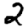
Digit: 2